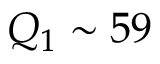
Q _ { 1 } \sim 5 9